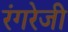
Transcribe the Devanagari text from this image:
रंगरेजी